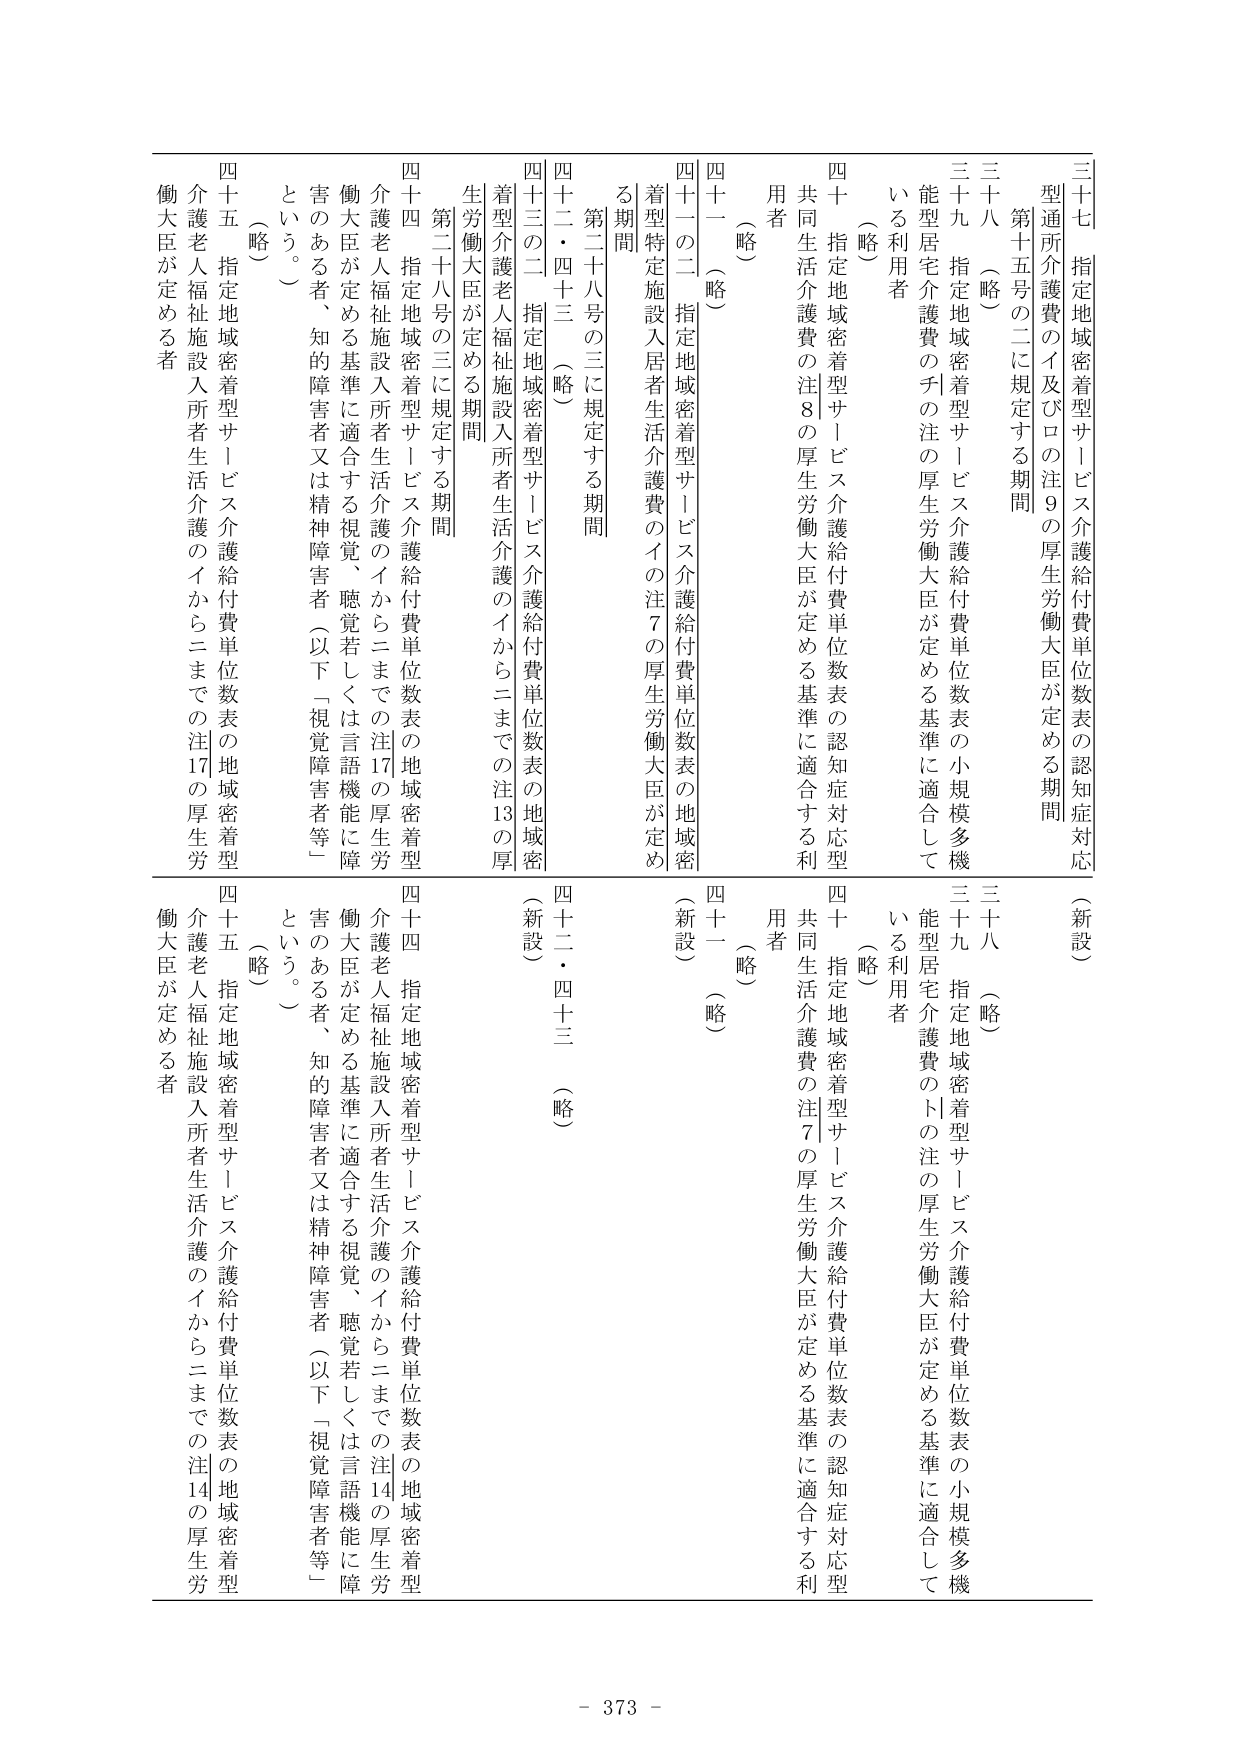
三十七 指定地域密着型サービス介護給付費単位数表の認知症対応型通所介護費のイ及びロの注9の厚生労働大臣が定める期間（新設）
三十八 （略）
三十九 指定地域密着型サービス介護給付費単位数表の小規模多機能型住宅介護費のチの注の厚生労働大臣が定める基準に適合している利用者（略）
四十 指定地域密着型サービス介護給付費単位数表の認知症対応型共同生活介護費の注8の厚生労働大臣が定める基準に適合する利用者（略）
四十一 （略）
四十一の二 指定地域密着型サービス介護給付費単位数表の地域密着型特定施設入居者生活介護費のイの注7の厚生労働大臣が定める期間
第二十八号の三に規定する期間
四十二・四十三 （略）
四十三の二 指定地域密着型サービス介護給付費単位数表の地域密着型介護老人福祉施設入所者生活介護のイからニまでの注13の厚生労働大臣が定める期間
第二十八号の三に規定する期間
四十四 指定地域密着型サービス介護給付費単位数表の地域密着型介護老人福祉施設入所者生活介護のイからニまでの注17の厚生労働大臣が定める基準に適合する視覚、聴覚若しくは言語機能に障害のある者、知的障害者又は精神障害者（以下「視覚障害者等」という。）（略）
四十五 指定地域密着型サービス介護給付費単位数表の地域密着型介護老人福祉施設入所者生活介護のイからニまでの注17の厚生労働大臣が定める者

四十一 （略）（新設）
四十二・四十三 （略）
四十三の二 指定地域密着型サービス介護給付費単位数表の地域密着型介護老人福祉施設入所者生活介護のイからニまでの注13の厚生労働大臣が定める期間
第二十八号の三に規定する期間
四十四 指定地域密着型サービス介護給付費単位数表の地域密着型介護老人福祉施設入所者生活介護のイからニまでの注14の厚生労働大臣が定める基準に適合する視覚、聴覚若しくは言語機能に障害のある者、知的障害者又は精神障害者（以下「視覚障害者等」という。）（略）
四十五 指定地域密着型サービス介護給付費単位数表の地域密着型介護老人福祉施設入所者生活介護のイからニまでの注14の厚生労働大臣が定める者

- 373 -